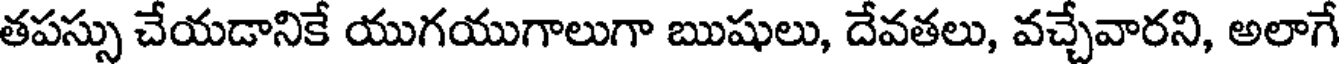
తపస్సు చేయడానికే యుగయుగాలుగా ఋషులు, దేవతలు, వచ్చేవారని, అలాగే